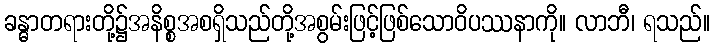
ခန္ဓာတရားတို့၌အနိစ္စအစရှိသည်တို့အစွမ်းဖြင့်ဖြစ်သောဝိပဿနာကို။ လာဘီ၊ ရသည်။